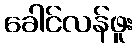
ခေါင်လန်ဖူး